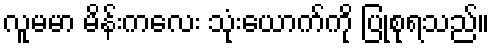
လူမမာ မိန်းကလေး သုံးယောက်ကို ပြုစုရသည်။